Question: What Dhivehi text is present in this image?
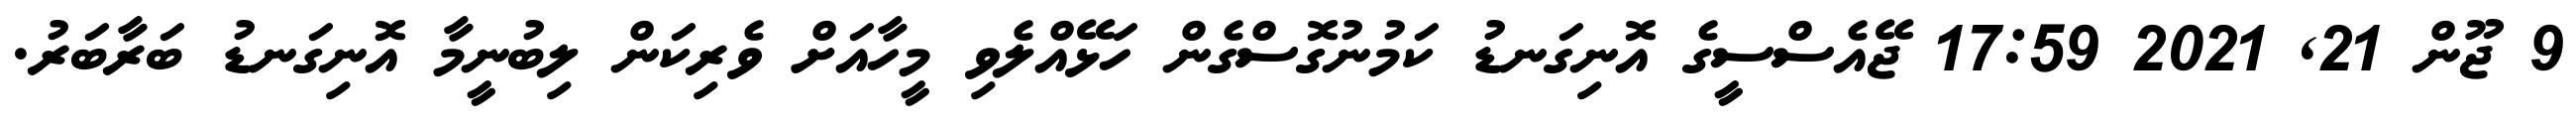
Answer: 9 ޖޫން 21, 2021 17:59 ޖޭއެސްސީގެ އޮނިގަނޑު ކަމުނުގޮސްގެން ހަޅޭއްލެވި މީހާއަށް ވެރިކަން ލިބުނީމާ އޮނިގަނޑު ބަރާބަރު.